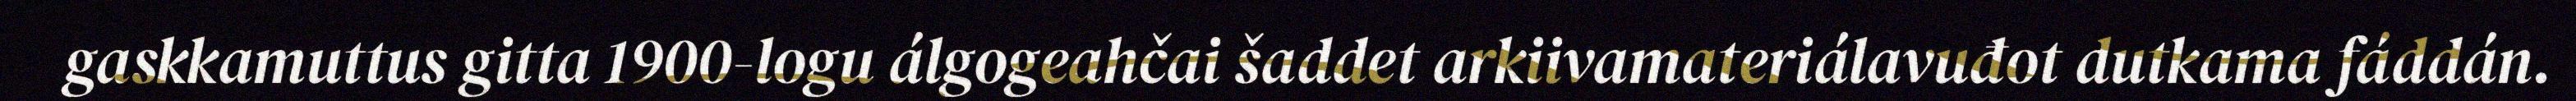
gaskkamuttus gitta 1900-logu álgogeahčai šaddet arkiivamateriálavuđot dutkama fáddán.